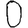
Digit: 0